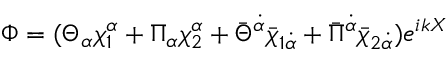
\Phi = ( \Theta _ { \alpha } \chi _ { 1 } ^ { \alpha } + \Pi _ { \alpha } \chi _ { 2 } ^ { \alpha } + \bar { \Theta } ^ { \dot { \alpha } } \bar { \chi } _ { 1 \dot { \alpha } } + \bar { \Pi } ^ { \dot { \alpha } } \bar { \chi } _ { 2 \dot { \alpha } } ) e ^ { i k X }